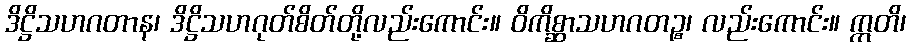
ဒိဋ္ဌိသဟဂတာန၊ ဒိဋ္ဌိသဟဂုတ်စိတ်တို့လည်းကောင်း။ ဝိကိစ္ဆာသဟဂတဉ္စ၊ လည်းကောင်း။ ဣတိ၊